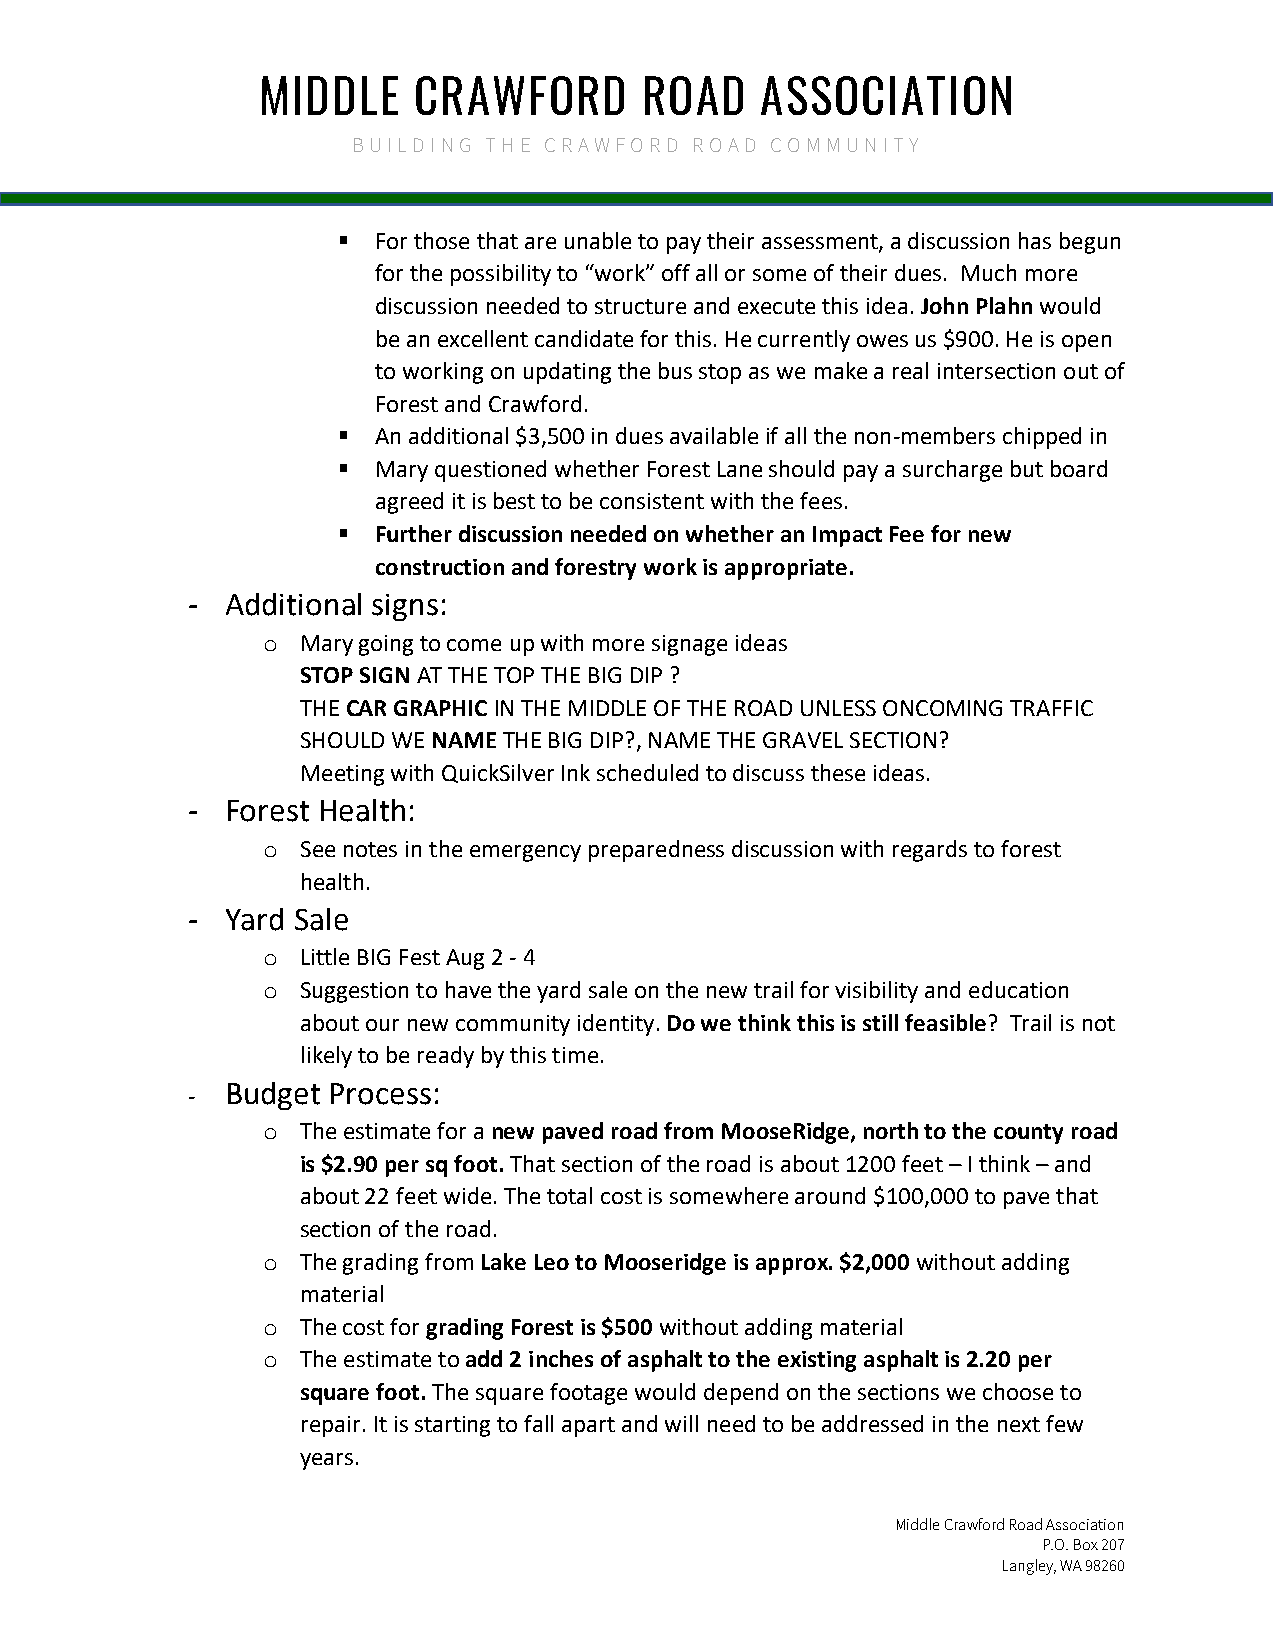
MIDDLE    CRAWFORD       ROAD    ASSOCIATION
 BUILDING THE CRAWFORD  ROAD COMMUNITY
   For those that are unable to pay their assessment, a discussion has begun
 for the possibility to “work” off all or some of their dues. Much more
 discussion needed to structure and execute this idea. John Plahn would
 be an excellent candidate for this. He currently owes us $900. He is open
 to working on updating the bus stop as we make a real intersection out of
 Forest and Crawford.
   An additional $3,500 in dues available if all the non-members chipped in
   Mary questioned whether Forest Lane should pay a surcharge but board
 agreed it is best to be consistent with the fees.
   Further discussion needed on whether an Impact Fee for new
 construction and forestry work is appropriate.
 -  Additional signs:
 Mary going to come up with more signage ideas
 o
 STOP SIGN AT THE TOP THE BIG DIP ?
 THE CAR GRAPHIC IN THE MIDDLE OF THE ROAD UNLESS ONCOMING TRAFFIC
 SHOULD WE NAME THE BIG DIP?, NAME THE GRAVEL SECTION?
 Meeting with QuickSilver Ink scheduled to discuss these ideas.
 -  Forest Health:
 See notes in the emergency preparedness discussion with regards to forest
 o
 health.
 -  Yard Sale
 Little BIG Fest Aug 2 - 4
 o
 Suggestion to have the yard sale on the new trail for visibility and education
 o
 about our new community identity. Do we think this is still feasible? Trail is not
 likely to be ready by this time.
 -  Budget Process:
 The estimate for a new paved road from MooseRidge, north to the county road
 o
 is $2.90 per sq foot. That section of the road is about 1200 feet – I think – and
 about 22 feet wide. The total cost is somewhere around $100,000 to pave that
 section of the road.
 The grading from Lake Leo to Mooseridge is approx. $2,000 without adding
 o
 material
 The cost for grading Forest is $500 without adding material
 o
 The estimate to add 2 inches of asphalt to the existing asphalt is 2.20 per
 o
 square foot. The square footage would depend on the sections we choose to
 repair. It is starting to fall apart and will need to be addressed in the next few
 years.
 Middle Crawford Road Association
 P.O. Box 207
 Langley, WA 98260